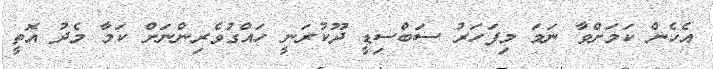
އެހެން ކަމަށްވާ ނަމަ މިފަހަރު ސަބްސިޑީ ދޫކުރަނީ ހައްގުވެރިންނަށް ކަމާ މެދު އޮތީ